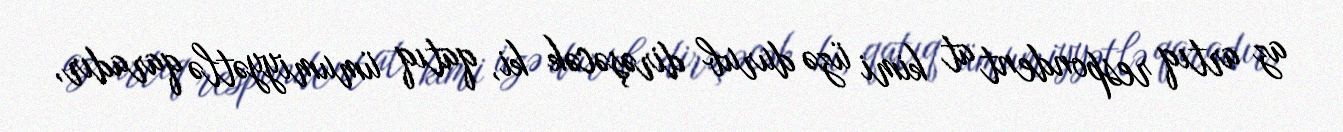
az artıq respondent at kimi üzə durub dirəşəcək ki, qatıq ümumiyyətlə qaradır,